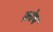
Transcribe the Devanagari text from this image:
क्रोप